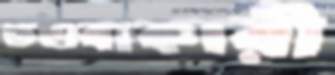
তওবাকারী